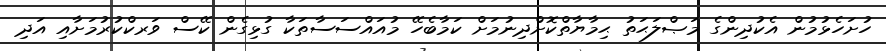
ހުށަހެޅުމުން އެކުދިންގެ މަޞްލަޙަތު ޙިމާޔާތްކޮށްދިނުމަށް ކަމާބެހޭ މުއައްސަސާތަކާ ގުޅިގެން ކޭސް ވަރކްކުރުމަށާއި އަދި